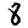
Digit: 8